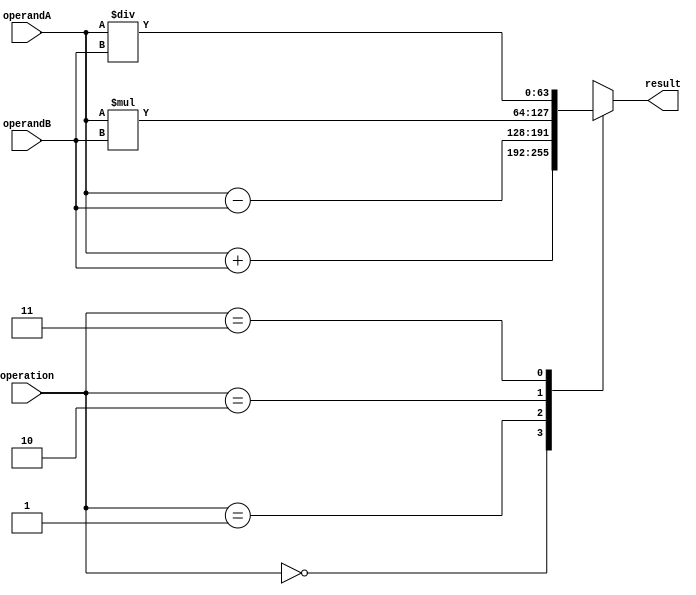
module DoublePrecisionFloatingPointUnit (
    input wire [63:0] operandA,
    input wire [63:0] operandB,
    input wire [2:0] operation, // 0: addition, 1: subtraction, 2: multiplication, 3: division
    output reg [63:0] result
);

always @(*)
begin
    case(operation)
        3'b000: result = operandA + operandB; // addition
        3'b001: result = operandA - operandB; // subtraction
        3'b010: result = operandA * operandB; // multiplication
        3'b011: result = operandA / operandB; // division
        default: result = 64'hx; // unknown operation
    endcase
end

endmodule